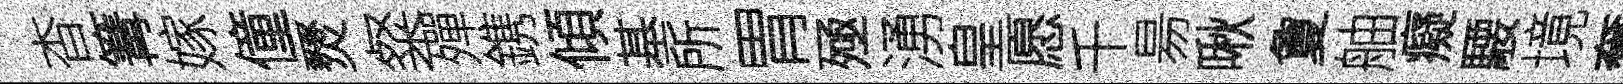
杳篝嫁僮燹粲殫鎸傾基所胃殛湧皇愿千昜啾夐舳癡騕境奮